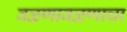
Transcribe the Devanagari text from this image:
वळणावळणाचा